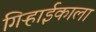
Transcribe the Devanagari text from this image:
गिऱ्हाईकाला